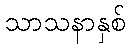
သာသနာနှစ်